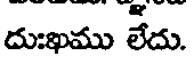
దుఃఖము లేదు.